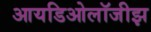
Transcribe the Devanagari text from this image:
आयडिओलॉजीझ